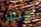
أعرف